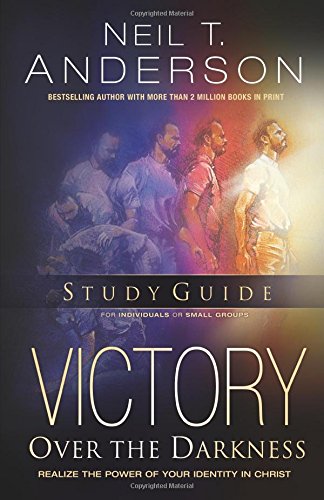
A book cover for Victory Over the Darkness Study Guide: Realize the Power of Your Identity in Christ; Neil T. Anderson; Christian Books & Bibles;